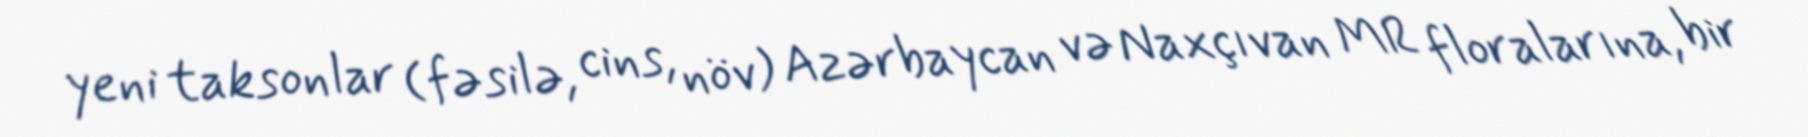
yeni taksonlar (fəsilə, cins, növ) Azərbaycan və Naxçıvan MR floralarına, bir